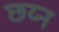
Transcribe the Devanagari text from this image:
छय्न